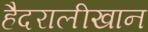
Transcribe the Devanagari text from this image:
हैदरालीखान